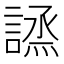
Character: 𧪣